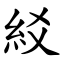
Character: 䋂